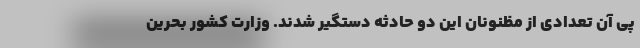
پی آن تعدادی از مظنونان این دو حادثه دستگیر شدند. وزارت کشور بحرین